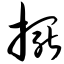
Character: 摆